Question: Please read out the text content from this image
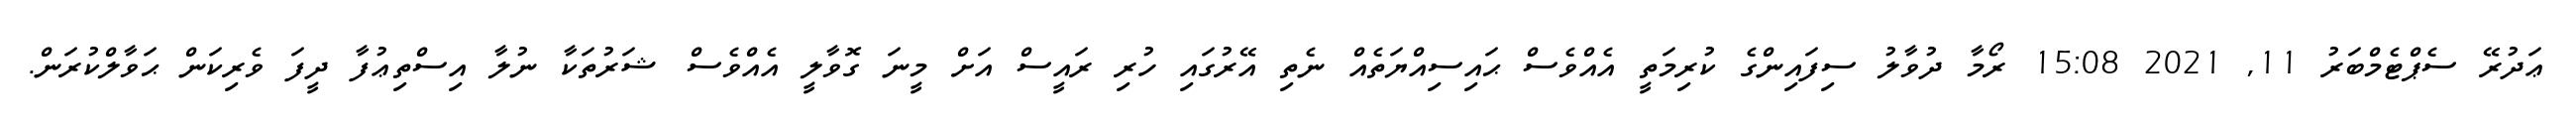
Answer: ޢަދުރޭ ސެޕްޓެމްބަރު 11, 2021 15:08 ރޯމާ ދުވާލު ސިފައިންގެ ކުރިމަތީ އެއްވެސް ޙައިސިއްޔަތެއް ނެތި އޭރުގައި ހުރި ރައީސް އަށް މީނަ ގޮވާލީ އެއްވެސް ޝަރުތަކާ ނުލާ އިސްތިޢުފާ ދީފަ ވެރިކަން ޙަވާލްކުރަން.